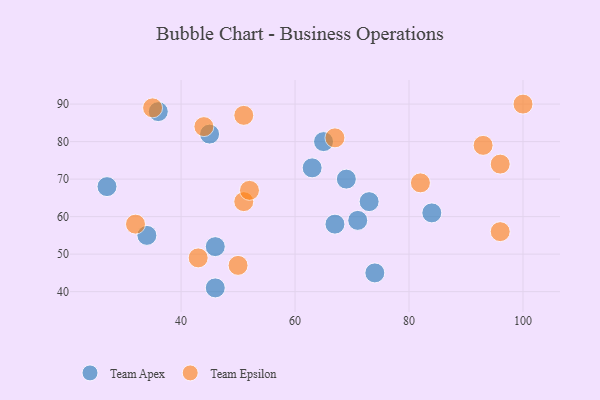
{"axis": {"x": "GDP", "y": "Life Expectancy"}, "legend": ["Team Apex", "Team Epsilon"], "data": [{"x": "74", "y": 45, "type": "Team Apex"}, {"x": "34", "y": 55, "type": "Team Apex"}, {"x": "46", "y": 41, "type": "Team Apex"}, {"x": "71", "y": 59, "type": "Team Apex"}, {"x": "27", "y": 68, "type": "Team Apex"}, {"x": "69", "y": 70, "type": "Team Apex"}, {"x": "84", "y": 61, "type": "Team Apex"}, {"x": "73", "y": 64, "type": "Team Apex"}, {"x": "63", "y": 73, "type": "Team Apex"}, {"x": "65", "y": 80, "type": "Team Apex"}, {"x": "67", "y": 58, "type": "Team Apex"}, {"x": "45", "y": 82, "type": "Team Apex"}, {"x": "36", "y": 88, "type": "Team Apex"}, {"x": "46", "y": 52, "type": "Team Apex"}, {"x": "51", "y": 64, "type": "Team Epsilon"}, {"x": "52", "y": 67, "type": "Team Epsilon"}, {"x": "93", "y": 79, "type": "Team Epsilon"}, {"x": "100", "y": 90, "type": "Team Epsilon"}, {"x": "51", "y": 87, "type": "Team Epsilon"}, {"x": "44", "y": 84, "type": "Team Epsilon"}, {"x": "96", "y": 56, "type": "Team Epsilon"}, {"x": "35", "y": 89, "type": "Team Epsilon"}, {"x": "82", "y": 69, "type": "Team Epsilon"}, {"x": "32", "y": 58, "type": "Team Epsilon"}, {"x": "50", "y": 47, "type": "Team Epsilon"}, {"x": "67", "y": 81, "type": "Team Epsilon"}, {"x": "43", "y": 49, "type": "Team Epsilon"}, {"x": "96", "y": 74, "type": "Team Epsilon"}]}